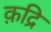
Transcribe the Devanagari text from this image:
क़द्रि